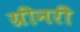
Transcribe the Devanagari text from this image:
ग्रीनरी